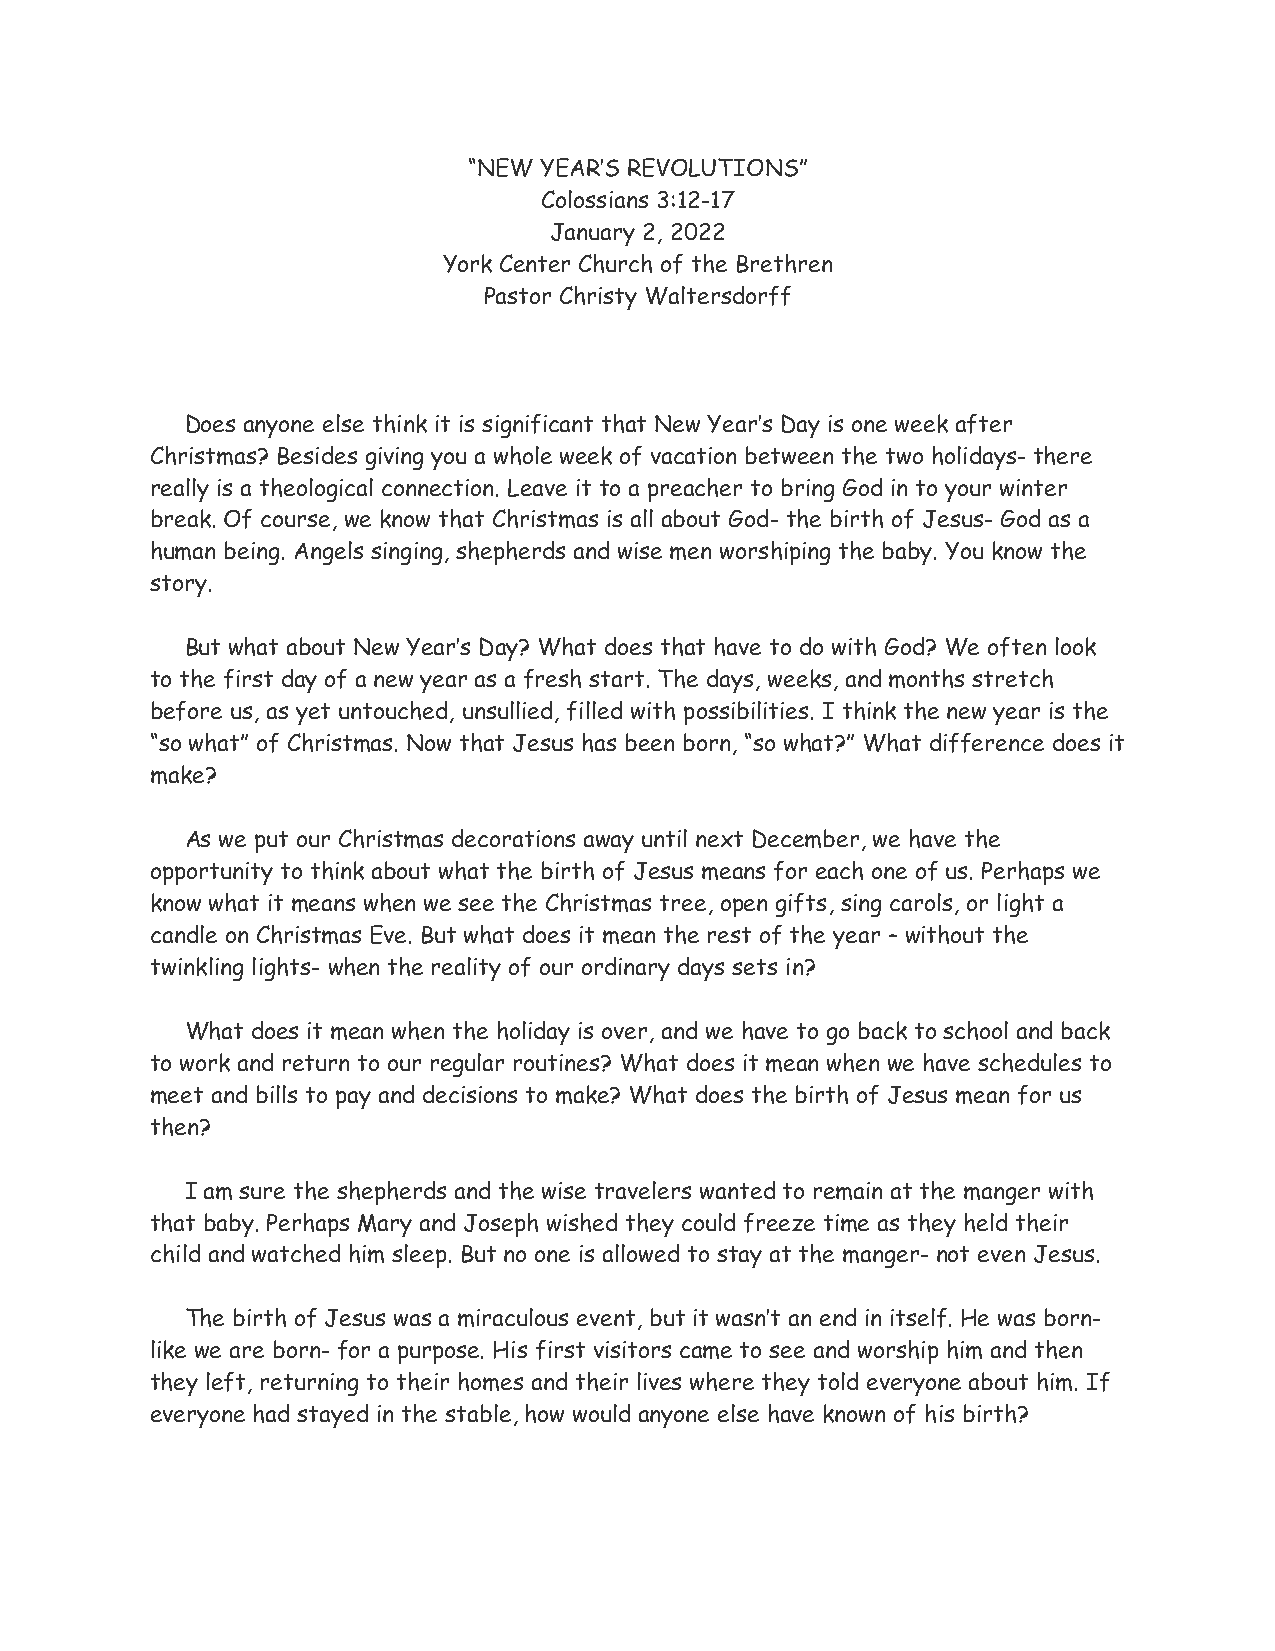
“NEW YEAR’S REVOLUTIONS”
 Colossians 3:12-17
 January 2, 2022
 York Center Church of the Brethren
 Pastor Christy Waltersdorff
 Does anyone else think it is significant that New Year’s Day is one week after
 Christmas? Besides giving you a whole week of vacation between the two holidays- there
 really is a theological connection. Leave it to a preacher to bring God in to your winter
 break. Of course, we know that Christmas is all about God- the birth of Jesus- God as a
 human being. Angels singing, shepherds and wise men worshiping the baby. You know the
 story.
 But what about New Year’s Day? What does that have to do with God? We often look
 to the first day of a new year as a fresh start. The days, weeks, and months stretch
 before us, as yet untouched, unsullied, filled with possibilities. I think the new year is the
 “so what” of Christmas. Now that Jesus has been born, “so what?” What difference does it
 make?
 As we put our Christmas decorations away until next December, we have the
 opportunity to think about what the birth of Jesus means for each one of us. Perhaps we
 know what it means when we see the Christmas tree, open gifts, sing carols, or light a
 candle on Christmas Eve. But what does it mean the rest of the year – without the
 twinkling lights- when the reality of our ordinary days sets in?
 What does it mean when the holiday is over, and we have to go back to school and back
 to work and return to our regular routines? What does it mean when we have schedules to
 meet and bills to pay and decisions to make? What does the birth of Jesus mean for us
 then?
 I am sure the shepherds and the wise travelers wanted to remain at the manger with
 that baby. Perhaps Mary and Joseph wished they could freeze time as they held their
 child and watched him sleep. But no one is allowed to stay at the manger- not even Jesus.
 The birth of Jesus was a miraculous event, but it wasn’t an end in itself. He was born-
 like we are born- for a purpose. His first visitors came to see and worship him and then
 they left, returning to their homes and their lives where they told everyone about him. If
 everyone had stayed in the stable, how would anyone else have known of his birth?